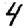
Digit: 4